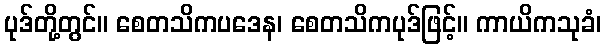
ပုဒ်တို့တွင်။ စေတသိကပဒေန၊ စေတသိကပုဒ်ဖြင့်။ ကာယိကသုခံ၊